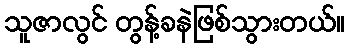
သူဇာလွင် တွန့်ခနဲဖြစ်သွားတယ်။